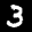
Label: 3